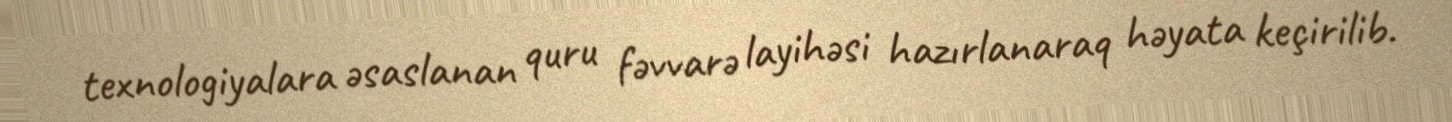
texnologiyalara əsaslanan quru fəvvarə layihəsi hazırlanaraq həyata keçirilib.